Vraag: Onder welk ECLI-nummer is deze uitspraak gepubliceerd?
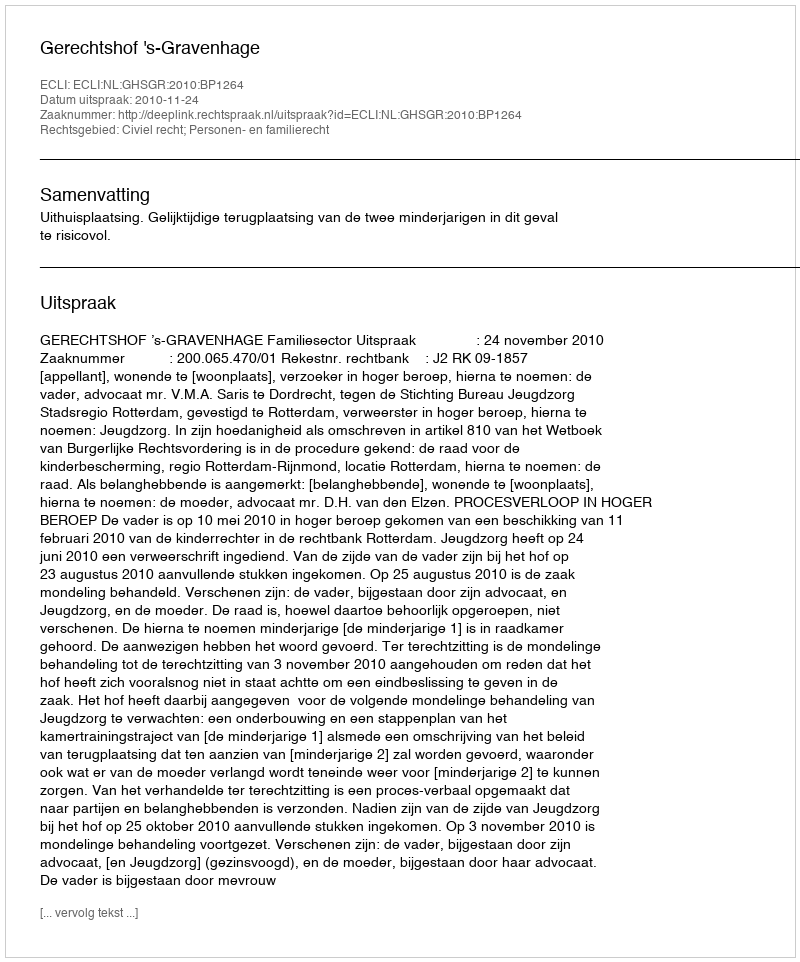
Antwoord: ECLI:NL:GHSGR:2010:BP1264